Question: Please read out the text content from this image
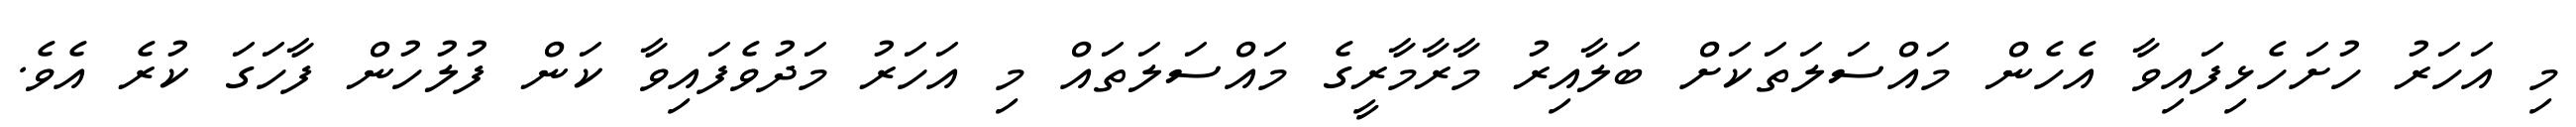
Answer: މި އަހަރު ހުށަހެޅިފައިވާ އެހެން މައްސަލަތަކަށް ބަލާއިރު މާރާމާރީގެ މައްސަލަތައް މި އަހަރު މަދުވެފައިވާ ކަން ފުލުހުން ފާހަގަ ކުރެ އެވެ.